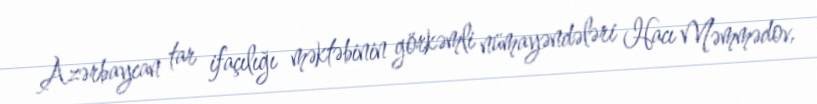
Azərbaycan tar ifaçılığı məktəbinin görkəmli nümayəndələri Hacı Məmmədov,